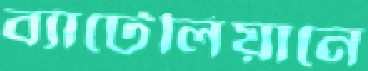
ব্যাটেলিয়ানে